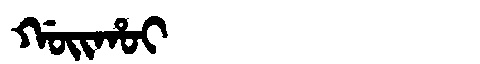
Manchu: ᡤᠣᡳᡥᠣᡳ
Romanization: GOIHOI